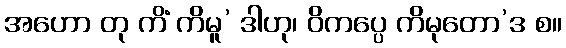
အဟော တု ကိံ ကိမူ’ ဒါဟု၊ ဝိကပ္ပေ ကိမုတော’ဒ စ။